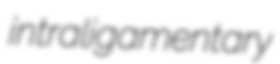
intraligamentary